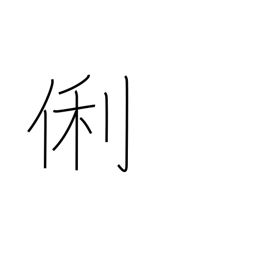
Meaning: clever